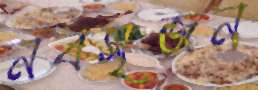
নবসৃজন